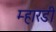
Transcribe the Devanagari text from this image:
म्हारडी